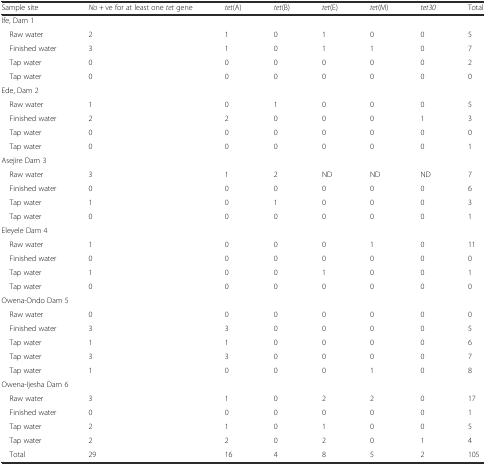
<table><thead><tr><td><b>Sample site</b></td><td><b><i>No</i> + ve for at least one <i>tet</i> gene</b></td><td><b><i>tet</i>(A)</b></td><td><b><i>tet</i>(B)</b></td><td><b><i>tet</i>(E)</b></td><td><b><i>tet</i>(M)</b></td><td><b><i>tet30</i></b></td><td><b>Total</b></td></tr></thead><tbody><tr><td colspan="7">Ife, Dam 1</td><td></td></tr><tr><td> Raw water</td><td>2</td><td>1</td><td>0</td><td>1</td><td>0</td><td>0</td><td>5</td></tr><tr><td> Finished water</td><td>3</td><td>1</td><td>0</td><td>1</td><td>1</td><td>0</td><td>7</td></tr><tr><td> Tap water</td><td>0</td><td>0</td><td>0</td><td>0</td><td>0</td><td>0</td><td>2</td></tr><tr><td> Tap water</td><td>0</td><td>0</td><td>0</td><td>0</td><td>0</td><td>0</td><td>0</td></tr><tr><td colspan="7">Ede, Dam 2</td><td></td></tr><tr><td> Raw water</td><td>1</td><td>0</td><td>1</td><td>0</td><td>0</td><td>0</td><td>5</td></tr><tr><td> Finished water</td><td>2</td><td>2</td><td>0</td><td>0</td><td>0</td><td>1</td><td>3</td></tr><tr><td> Tap water</td><td>0</td><td>0</td><td>0</td><td>0</td><td>0</td><td>0</td><td>0</td></tr><tr><td> Tap water</td><td>0</td><td>0</td><td>0</td><td>0</td><td>0</td><td>0</td><td>1</td></tr><tr><td colspan="7">Asejire Dam 3</td><td></td></tr><tr><td> Raw water</td><td>3</td><td>1</td><td>2</td><td>ND</td><td>ND</td><td>ND</td><td>7</td></tr><tr><td> Finished water</td><td>0</td><td>0</td><td>0</td><td>0</td><td>0</td><td>0</td><td>6</td></tr><tr><td> Tap water</td><td>1</td><td>0</td><td>1</td><td>0</td><td>0</td><td>0</td><td>3</td></tr><tr><td> Tap water</td><td>0</td><td>0</td><td>0</td><td>0</td><td>0</td><td>0</td><td>1</td></tr><tr><td colspan="7">Eleyele Dam 4</td><td></td></tr><tr><td> Raw water</td><td>1</td><td>0</td><td>0</td><td>0</td><td>1</td><td>0</td><td>11</td></tr><tr><td> Finished water</td><td>0</td><td>0</td><td>0</td><td>0</td><td>0</td><td>0</td><td>0</td></tr><tr><td> Tap water</td><td>1</td><td>0</td><td>0</td><td>1</td><td>0</td><td>0</td><td>1</td></tr><tr><td> Tap water</td><td>0</td><td>0</td><td>0</td><td>0</td><td>0</td><td>0</td><td>0</td></tr><tr><td colspan="7">Owena-Ondo Dam 5</td><td></td></tr><tr><td> Raw water</td><td>0</td><td>0</td><td>0</td><td>0</td><td>0</td><td>0</td><td>0</td></tr><tr><td> Finished water</td><td>3</td><td>3</td><td>0</td><td>0</td><td>0</td><td>0</td><td>5</td></tr><tr><td> Tap water</td><td>1</td><td>1</td><td>0</td><td>0</td><td>0</td><td>0</td><td>6</td></tr><tr><td> Tap water</td><td>3</td><td>3</td><td>0</td><td>0</td><td>0</td><td>0</td><td>7</td></tr><tr><td> Tap water</td><td>1</td><td>0</td><td>0</td><td>0</td><td>1</td><td>0</td><td>8</td></tr><tr><td colspan="8">Owena-Ijesha Dam 6</td></tr><tr><td> Raw water</td><td>3</td><td>1</td><td>0</td><td>2</td><td>2</td><td>0</td><td>17</td></tr><tr><td> Finished water</td><td>0</td><td>0</td><td>0</td><td>0</td><td>0</td><td>0</td><td>1</td></tr><tr><td> Tap water</td><td>2</td><td>1</td><td>0</td><td>1</td><td>0</td><td>0</td><td>5</td></tr><tr><td> Tap water</td><td>2</td><td>2</td><td>0</td><td>2</td><td>0</td><td>1</td><td>4</td></tr><tr><td> Total</td><td>29</td><td>16</td><td>4</td><td>8</td><td>5</td><td>2</td><td>105</td></tr></tbody></table>